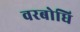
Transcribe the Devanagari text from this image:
वरबोधि